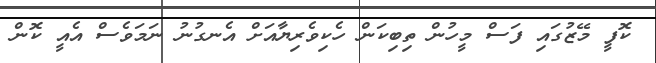
ކޮފީ މޭޒުގައި ފަސް މީހުން ތިބިކަން ހެކިވެރިޔާއަށް އެނގުނު ނަމަވެސް އެއީ ކޮން